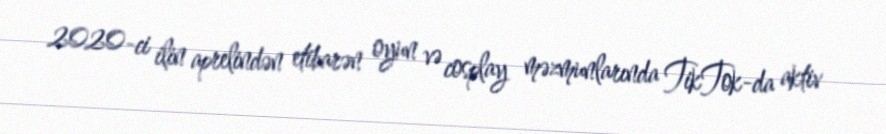
2020-ci ilin aprelindən etibarən oyun və cosplay məzmunlarında TikTok-da aktiv